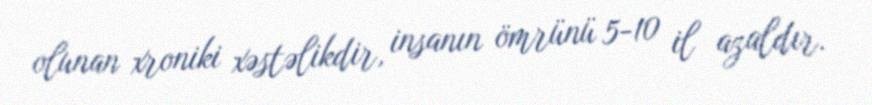
olunan xroniki xəstəlikdir, insanın ömrünü 5-10 il azaldır.